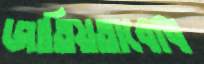
জাতিয়তাবোধ